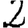
Digit: 2